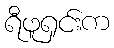
ရီဖူရှင်းက